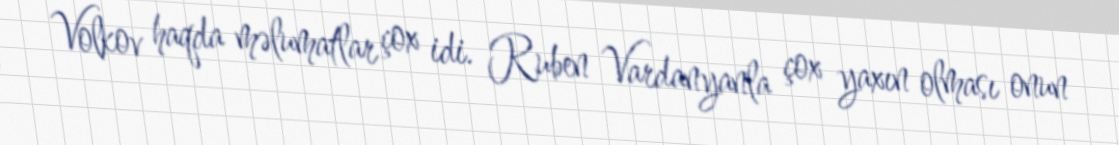
Volkov haqda məlumatlar çox idi. Ruben Vardanyanla çox yaxın olması onun